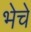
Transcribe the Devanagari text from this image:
भेचे